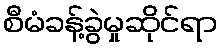
စီမံခန့်ခွဲမှုဆိုင်ရာ